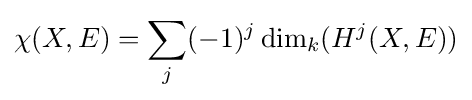
\chi (X,E)=\sum _{j}(-1)^{j}\dim _{k}(H^{j}(X,E))